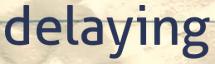
delaying